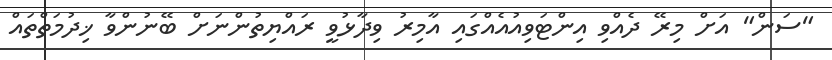
"ސަން" އަށް މިރޭ ދެއްވި އިންޓަވިއުއެއްގައި އާމިރު ވިދާޅުވީ ރައްޔިތުންނަށް ބޭނުންވާ ޚިދުމަތްތައް